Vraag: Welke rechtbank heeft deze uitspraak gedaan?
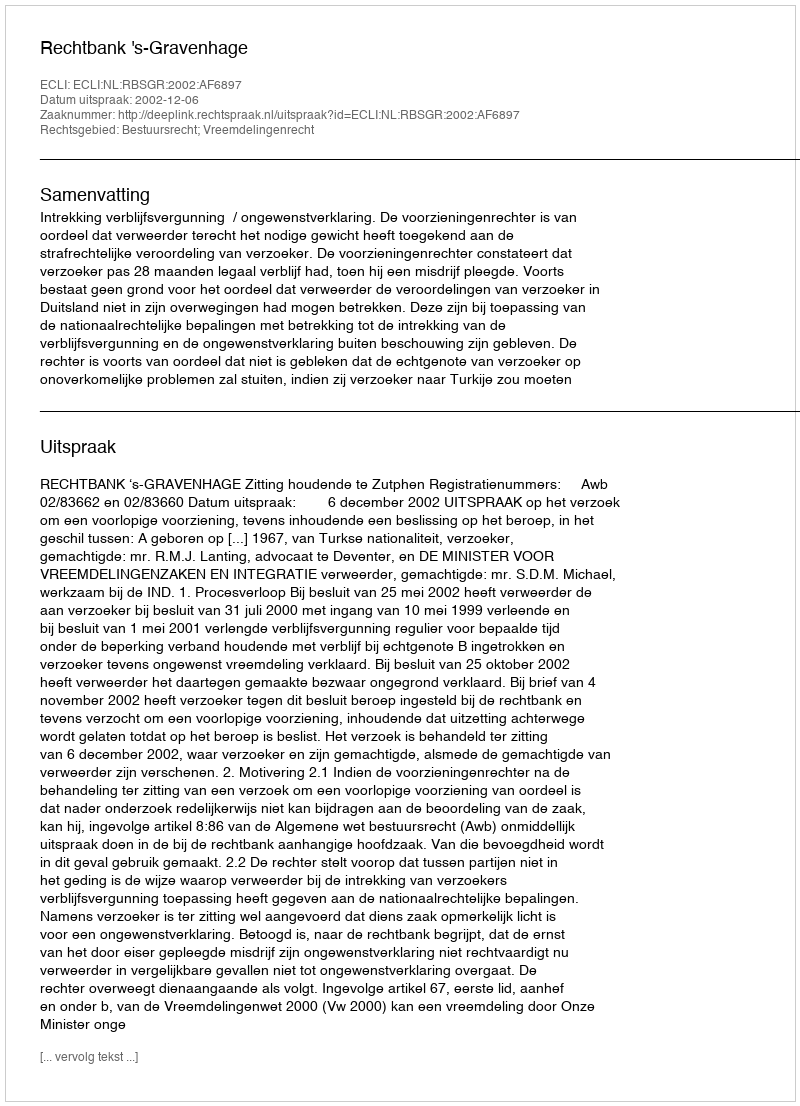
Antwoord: Rechtbank 's-Gravenhage